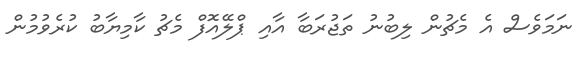
ނަމަވެސް އެ މެޗުން ލިބުނު ތަޖުރަބާ އާއި ޕްލޭއޮފް މެޗު ކާމިޔާބު ކުރެވުމުން